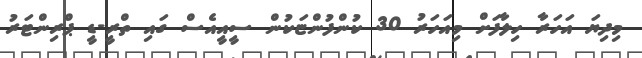
މިދިޔަ އަހަރާ ހިލާފަށް މިއަހަރު 30 ކުންފުންޏަކުން ސީއީއެސް ގައި ތްރީ-ޑީ ޕްރިންޓަރު